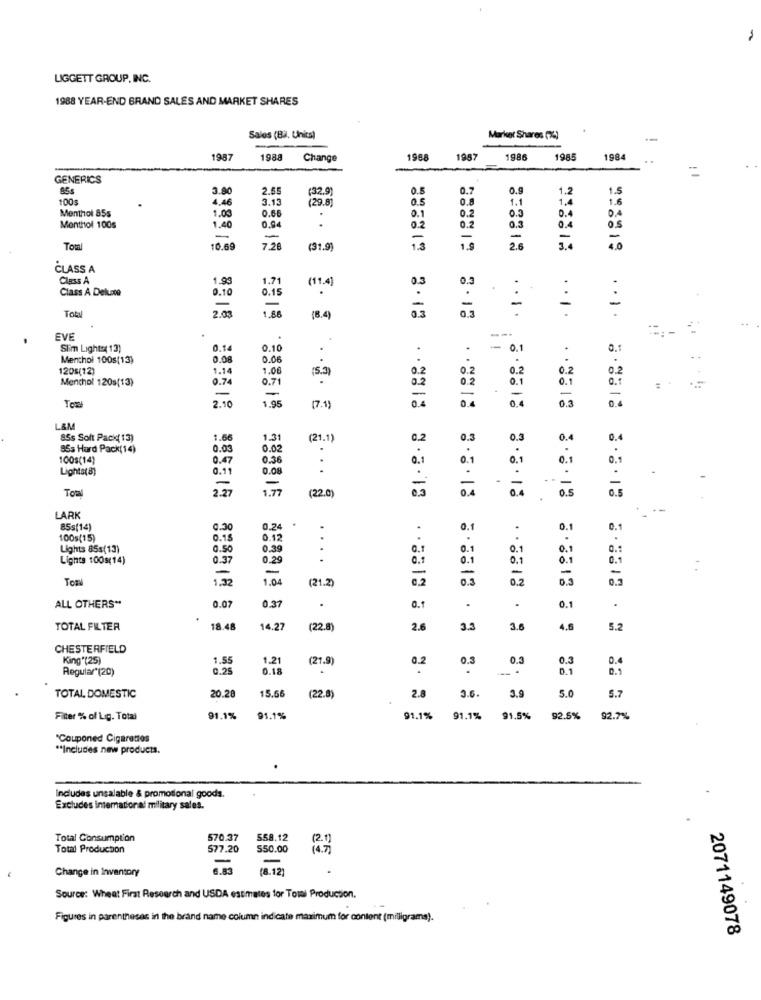
LIGGETT GROUP, INC.
1988 YEAR-END BRAND SALES AND MARKET SHARES
Sales (Bil, Units)
Market Shares (%)
1987
1988
Change
1988
1987
1986
1985
1984
GENERICS
85s
3.80
2.55
(32.9
0.5
0.7
0.9
1.2
1.5
100s
4.46
3.13
0.5
0.8
1.1
1.6
Menthol 85s
1.0
0.65
(29.8)
0.2
0.3
0.4
0.4
.
0.2
0.3
0.4
0.S
Menthol 100s
1.40
0.94
0.2
-
-
-
Tomi
10.69
7.20
(31.9)
1.3
1.6
2.6
3.
4.0
CLASS A
Class A
1.9
1.71
(11.4)
0.3
0.3
Class A Deluce
0.10
0.15
.
-
Tobyl
2.0
1.88
-
.
(8.4
EVE
Slim Lights 13)
0.14
0.10
.
.- 0.1
Menthol 100s(13)
0.00
0.05
.
120s(12)
1.14
1.00
(5.3)
0.2
0.2
0.2
Menchol 120s(13)
0.74
0.71
0.2
0.2
0.1
0.1
-
1.95
-
-
-
2.10
(7.1)
0.4
0.4
0.3
L&M
85s Solt Pack( 13)
1.66
1.31
(21.1)
0.2
0.3
0.3
0.4
86s Hard Pack(14)
0.03
0.02
.
100s(14)
0.47
0.36
0.1
0.1
0.1
0.1
Lights( 8)
0.1
0.08
.
-
.--
Total
2.2
1.77
(22.0)
0,3
0.4
0.5
0.5
8.8.18
LARK
85s(14)
0.3
0.24
.
0.1
0.1
0.1
100s(15)
0.1
0.12
.
Lights 85s(13)
0.50
0.39
0.
0.1
0.1
0.1
Lights 100s(14)
0.37
0.25
...
0.1
0.1
0.1
0.1
-
Tor
1.32
1.04
(21.2)
0.3
0.2
0.3
0.3
0.07
ALL OTHERS **
0.37
0.1
0.1
.
TOTAL FILTER
18.48
14.27
(22.8)
2.
3.3
3.8
4.6
5.
CHESTERFIELD
King'(25)
1.55
1.21
(21.9)
0.2
0.3
0.3
0.3
0.4
Regular (20)
0.25
0.18
0.1
15.66
2.8
3.6.
3.9
5.0
5.7
TOTAL, DOMESTIC
20.28
(22.8)
Filter % of Lig. Total
91.1%
91.1%
91.1%
91.1%
91.5%
92.5%
92.7%
"Couponed Cigarettes
** Includes new products.
Includes unsalable & promotional goods.
Excludes imemacional military sales.
Total Consumption
570.37
558.12
12.1)
Total Production
577.20
550.00
14.7
Change in Inventory
6.83
(8.12)
Source: Wheat First Research and USDA estimates for Towi Production.
Figures in parentheses in the brand name column indicate maximum for content (milligrams).
2071149078